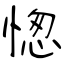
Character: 愡